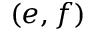
( e , f )